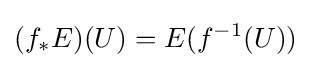
(f_{*}E)(U)=E(f^{-1}(U))